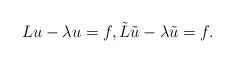
LaTeX: \begin{align*} Lu -\lambda u =f, \tilde L \tilde u -\lambda \tilde u =f.\end{align*}